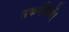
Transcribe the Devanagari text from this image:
तकनीकों।